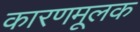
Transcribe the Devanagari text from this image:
कारणमूलक